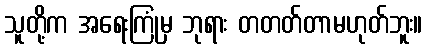
သူတို့က အရေးကြုံမှ ဘုရား တတတ်တာမဟုတ်ဘူး။